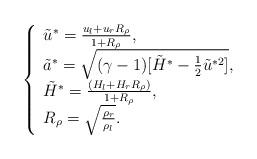
LaTeX: \begin{align*}\left\{\begin{array}{l}\tilde{u}^{*}=\frac{u_l+u_rR_\rho}{1+R_\rho},\\\tilde{a}^{*}=\sqrt{(\gamma-1)[\tilde{H}^{*}-\frac{1}{2}\tilde{u}^{*2}]},\\\tilde{H}^{*}=\frac{(H_l+H_rR_\rho)}{1+R_\rho},\\R_\rho=\sqrt{\frac{\rho_r}{\rho_l}}.\end{array}\right.\end{align*}